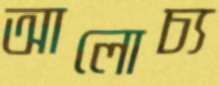
আলোচ্য